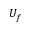
U _ { f }